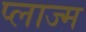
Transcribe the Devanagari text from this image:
प्लाज्म